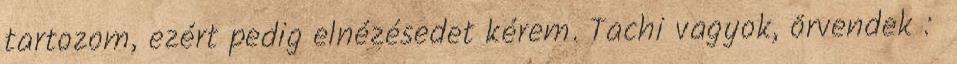
tartozom, ezért pedig elnézésedet kérem. Tachi vagyok, örvendek :